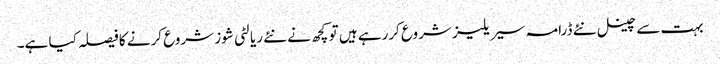
بہت سے چینل نئے ڈرامہ سیریلیز شروع کررہے ہیں تو کچھ نے نئے ریالٹی شوز شروع کرنے کا فیصلہ کیا ہے۔